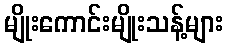
မျိုးကောင်းမျိုးသန့်များ